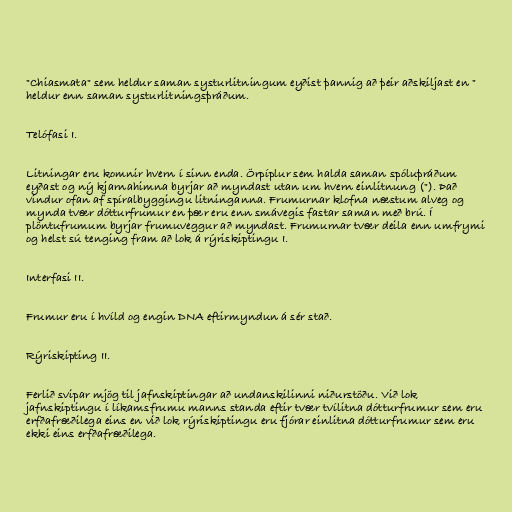
"Chiasmata" sem heldur saman systurlitningum eyðist þannig að þeir aðskiljast en "
heldur enn saman systurlitningsþráðum.

Telófasi I.

Litningar eru komnir hvern í sinn enda. Örpíplur sem halda saman spóluþráðum
eyðast og ný kjarnahimna byrjar að myndast utan um hvern einlitnung ("). Það
vindur ofan af spíralbyggingu litninganna. Frumurnar klofna næstum alveg og
mynda tvær dótturfrumur en þær eru enn smávegis fastar saman með brú. Í
plöntufrumum byrjar frumuveggur að myndast. Frumurnar tvær deila enn umfrymi
og helst sú tenging fram að lok á rýriskiptingu I.

Interfasi II.

Frumur eru í hvíld og engin DNA eftirmyndun á sér stað.

Rýriskipting II.

Ferlið svipar mjög til jafnskiptingar að undanskilinni niðurstöðu. Við lok
jafnskiptingu í líkamsfrumu manns standa eftir tvær tvílitna dótturfrumur sem eru
erfðafræðilega eins en við lok rýriskiptingu eru fjórar einlitna dótturfrumur sem eru
ekki eins erfðafræðilega.